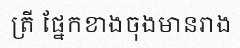
ត្រី ផ្នែកខាងចុងមានរាង